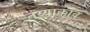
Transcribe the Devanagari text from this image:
तय्याक्काव